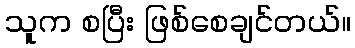
သူက စပြီး ဖြစ်စေချင်တယ်။